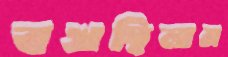
বখছিলাম